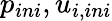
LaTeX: p_{ini},u_{i,ini}